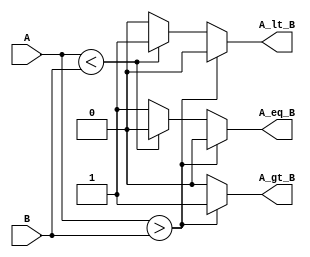
module ParameterizedComparator #(
    parameter N = 8  // Default width is 8 bits
) (
    input  [N-1:0] A,  // Input A
    input  [N-1:0] B,  // Input B
    output reg A_gt_B,  // A > B
    output reg A_lt_B,  // A < B
    output reg A_eq_B   // A == B
);

    // Always block to compare A and B
    always @(*) begin
        // Initialize outputs to low
        A_gt_B = 1'b0;
        A_lt_B = 1'b0;
        A_eq_B = 1'b0;

        // Comparison logic
        if (A > B) begin
            A_gt_B = 1'b1;
        end else if (A < B) begin
            A_lt_B = 1'b1;
        end else begin
            A_eq_B = 1'b1;
        end
    end

endmodule